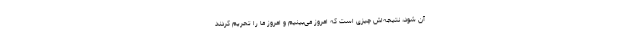
آن شود، نتیجه‌اش چیزی است که امروز می‌بینیم و امروز ما را تحریم کردند